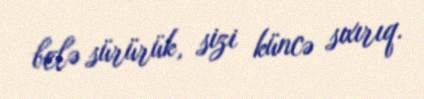
belə sürürük, sizi küncə sıxırıq.